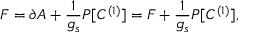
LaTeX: { \cal F } = \partial A + \frac { 1 } { g _ { s } } P [ C ^ { ( 1 ) } ] = F + \frac { 1 } { g _ { s } } P [ C ^ { ( 1 ) } ] ,